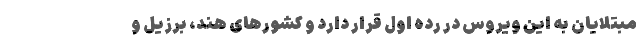
مبتلایان به این ویروس در رده اول قرار دارد و کشورهای هند، برزیل و